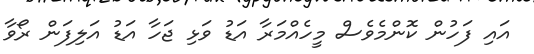
އައި ފަހުން ކޮންމެވެސް މީހެއްމަރާ އަޑު ވަޅި ޖަހާ އަޑު އަލިފަން ރޯވާ